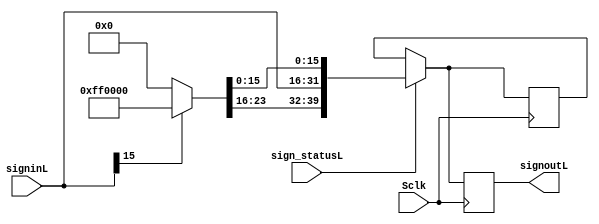
`timescale 1ns / 1ps

module SignextL(Sclk,sign_statusL,signinL,signoutL);

input Sclk,sign_statusL;
input [15:0]signinL;

output reg [39:0] signoutL;

reg [39:0]padL;

always @(posedge Sclk)
begin
	if(sign_statusL==1)
	begin
		if(signinL[15]==1)
		begin
			padL=40'hFF00000000;
			padL[31:16]=signinL;
		end
		else
		begin
			padL=40'h0000000000;
			padL[31:16]=signinL;		
		end
	end
	
	signoutL=padL;
end

endmodule